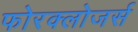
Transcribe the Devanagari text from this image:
फोरक्लोजर्स